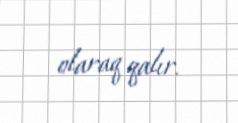
olaraq qalır.